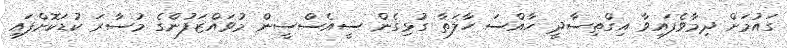
ގައުމަށް ދިމާވެފައިވާ އިގްތިސާދީ ހާއްސަ ހާލަތާ ގުޅިގެން ސީއެސްސީން މުވައްޒަފުންގެ މުސާރަ ކުޑަކޮށްފައި